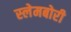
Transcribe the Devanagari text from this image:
स्‍लेमबोरी